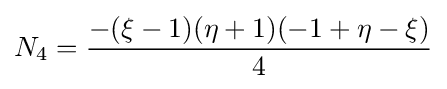
N_{4}={\frac {-(\xi -1)(\eta +1)(-1+\eta -\xi )}{4}}